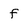
Character: f